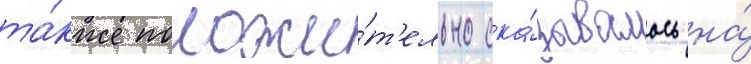
та́кже положи́т'ельно ска́зывалось на́